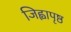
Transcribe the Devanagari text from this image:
जिह्वापृष्ठ